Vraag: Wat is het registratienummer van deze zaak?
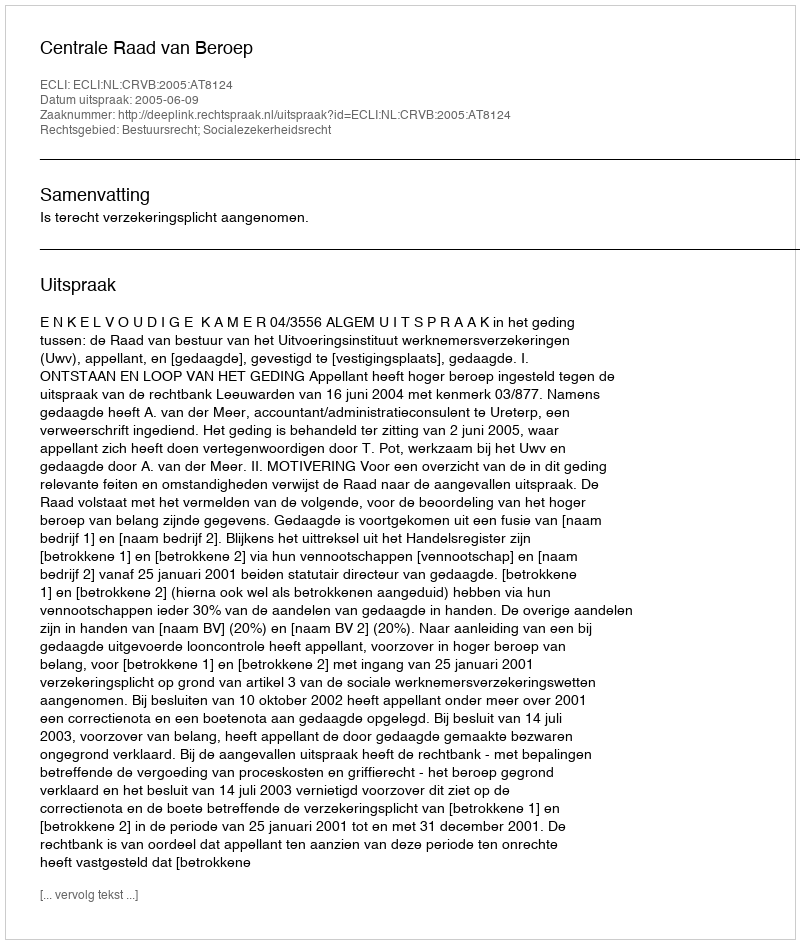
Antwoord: http://deeplink.rechtspraak.nl/uitspraak?id=ECLI:NL:CRVB:2005:AT8124